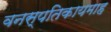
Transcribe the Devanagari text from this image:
वनस्पतिकायमाह